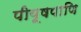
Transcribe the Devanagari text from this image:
पीयूषपाणि